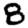
Digit: 8